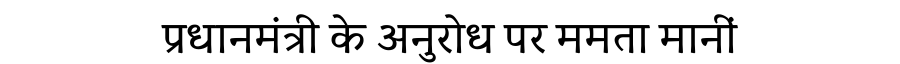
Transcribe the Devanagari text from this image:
प्रधानमंत्री के अनुरोध पर ममता मानीं